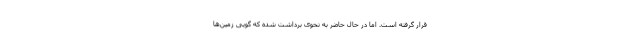
قرار گرفته است. اما در حال حاضر به نحوی برداشت شده که گویی زمین‌ها